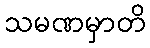
သမဏမှာတိ